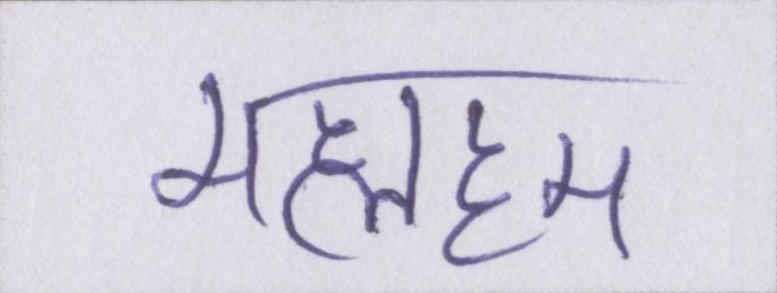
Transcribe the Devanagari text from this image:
मलहम